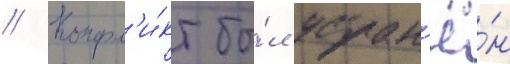
// Конфл'и́кт бы́л устран'ё́н